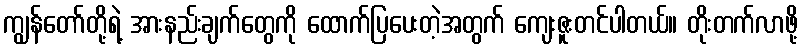
ကျွန်တော်တို့ရဲ့ အားနည်းချက်တွေကို ထောက်ပြပေးတဲ့အတွက် ကျေးဇူးတင်ပါတယ်။ တိုးတက်လာဖို့